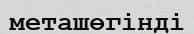
меташөгінді